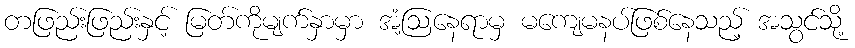
တဖြည်းဖြည်းနှင့် မြတ်ကိုမျက်နှာမှာ အံ့ဩနေရာမှ မကျေမနပ်ဖြစ်နေသည့် အသွင်သို့